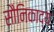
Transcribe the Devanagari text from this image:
सौनिकाद्य